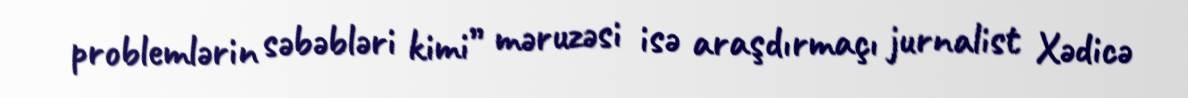
problemlərin səbəbləri kimi” məruzəsi isə araşdırmaçı jurnalist Xədicə